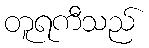
တူရကီသည်